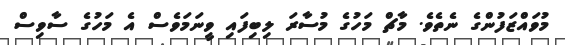
މުވައްޒަފުންގެ ނެތެވެ. މާޗް މަހުގެ މުސާރަ ލިބިފައި ވީނަަމަވެސް އެ މަހުގެ ސާވިސް